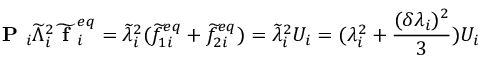
\textbf { P } _ { i } \widetilde { \Lambda } _ { i } ^ { 2 } \widetilde { \textbf { f } } _ { i } ^ { e q } = \widetilde { \lambda } _ { i } ^ { 2 } ( \widetilde { f } _ { 1 i } ^ { e q } + \widetilde { f } _ { 2 i } ^ { e q } ) = \widetilde { \lambda } _ { i } ^ { 2 } U _ { i } = ( \lambda _ { i } ^ { 2 } + \frac { ( \delta \lambda _ { i } ) ^ { 2 } } { 3 } ) U _ { i }